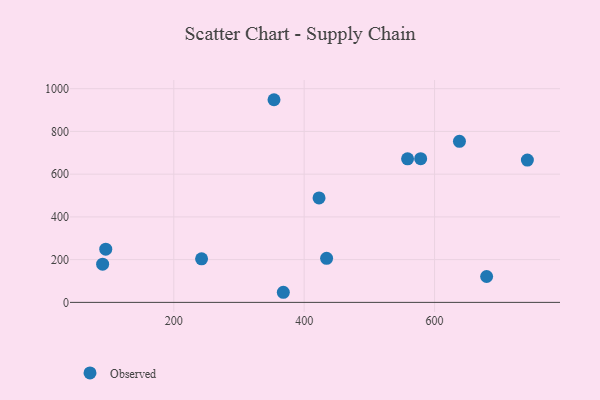
{"axis": {"x": "Study Hours", "y": "Salary"}, "legend": ["Observed"], "data": [{"x": "679.9", "y": 121.0, "type": "Observed"}, {"x": "90.8", "y": 178.8, "type": "Observed"}, {"x": "368.0", "y": 47.3, "type": "Observed"}, {"x": "558.6", "y": 671.6, "type": "Observed"}, {"x": "638.2", "y": 753.7, "type": "Observed"}, {"x": "742.4", "y": 665.8, "type": "Observed"}, {"x": "578.7", "y": 672.4, "type": "Observed"}, {"x": "353.7", "y": 948.3, "type": "Observed"}, {"x": "242.6", "y": 203.7, "type": "Observed"}, {"x": "95.6", "y": 248.9, "type": "Observed"}, {"x": "434.4", "y": 206.2, "type": "Observed"}, {"x": "422.8", "y": 488.6, "type": "Observed"}]}